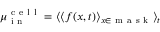
\mu _ { \mathrm { ~ i ~ n ~ } } ^ { \mathrm { ~ c ~ e ~ l ~ l ~ } } = \langle \langle f ( x , t ) \rangle _ { x \in \mathrm { ~ m ~ a ~ s ~ k ~ } } \rangle _ { t }